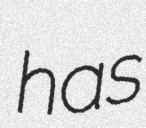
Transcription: has